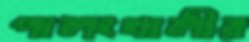
পালংখালীর